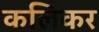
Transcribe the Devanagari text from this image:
कलिकर